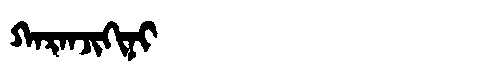
Manchu: ᡴᠠᡵᠠᠨᠵᡳᡴᡳᠨᡳ
Romanization: KARANJIKINI